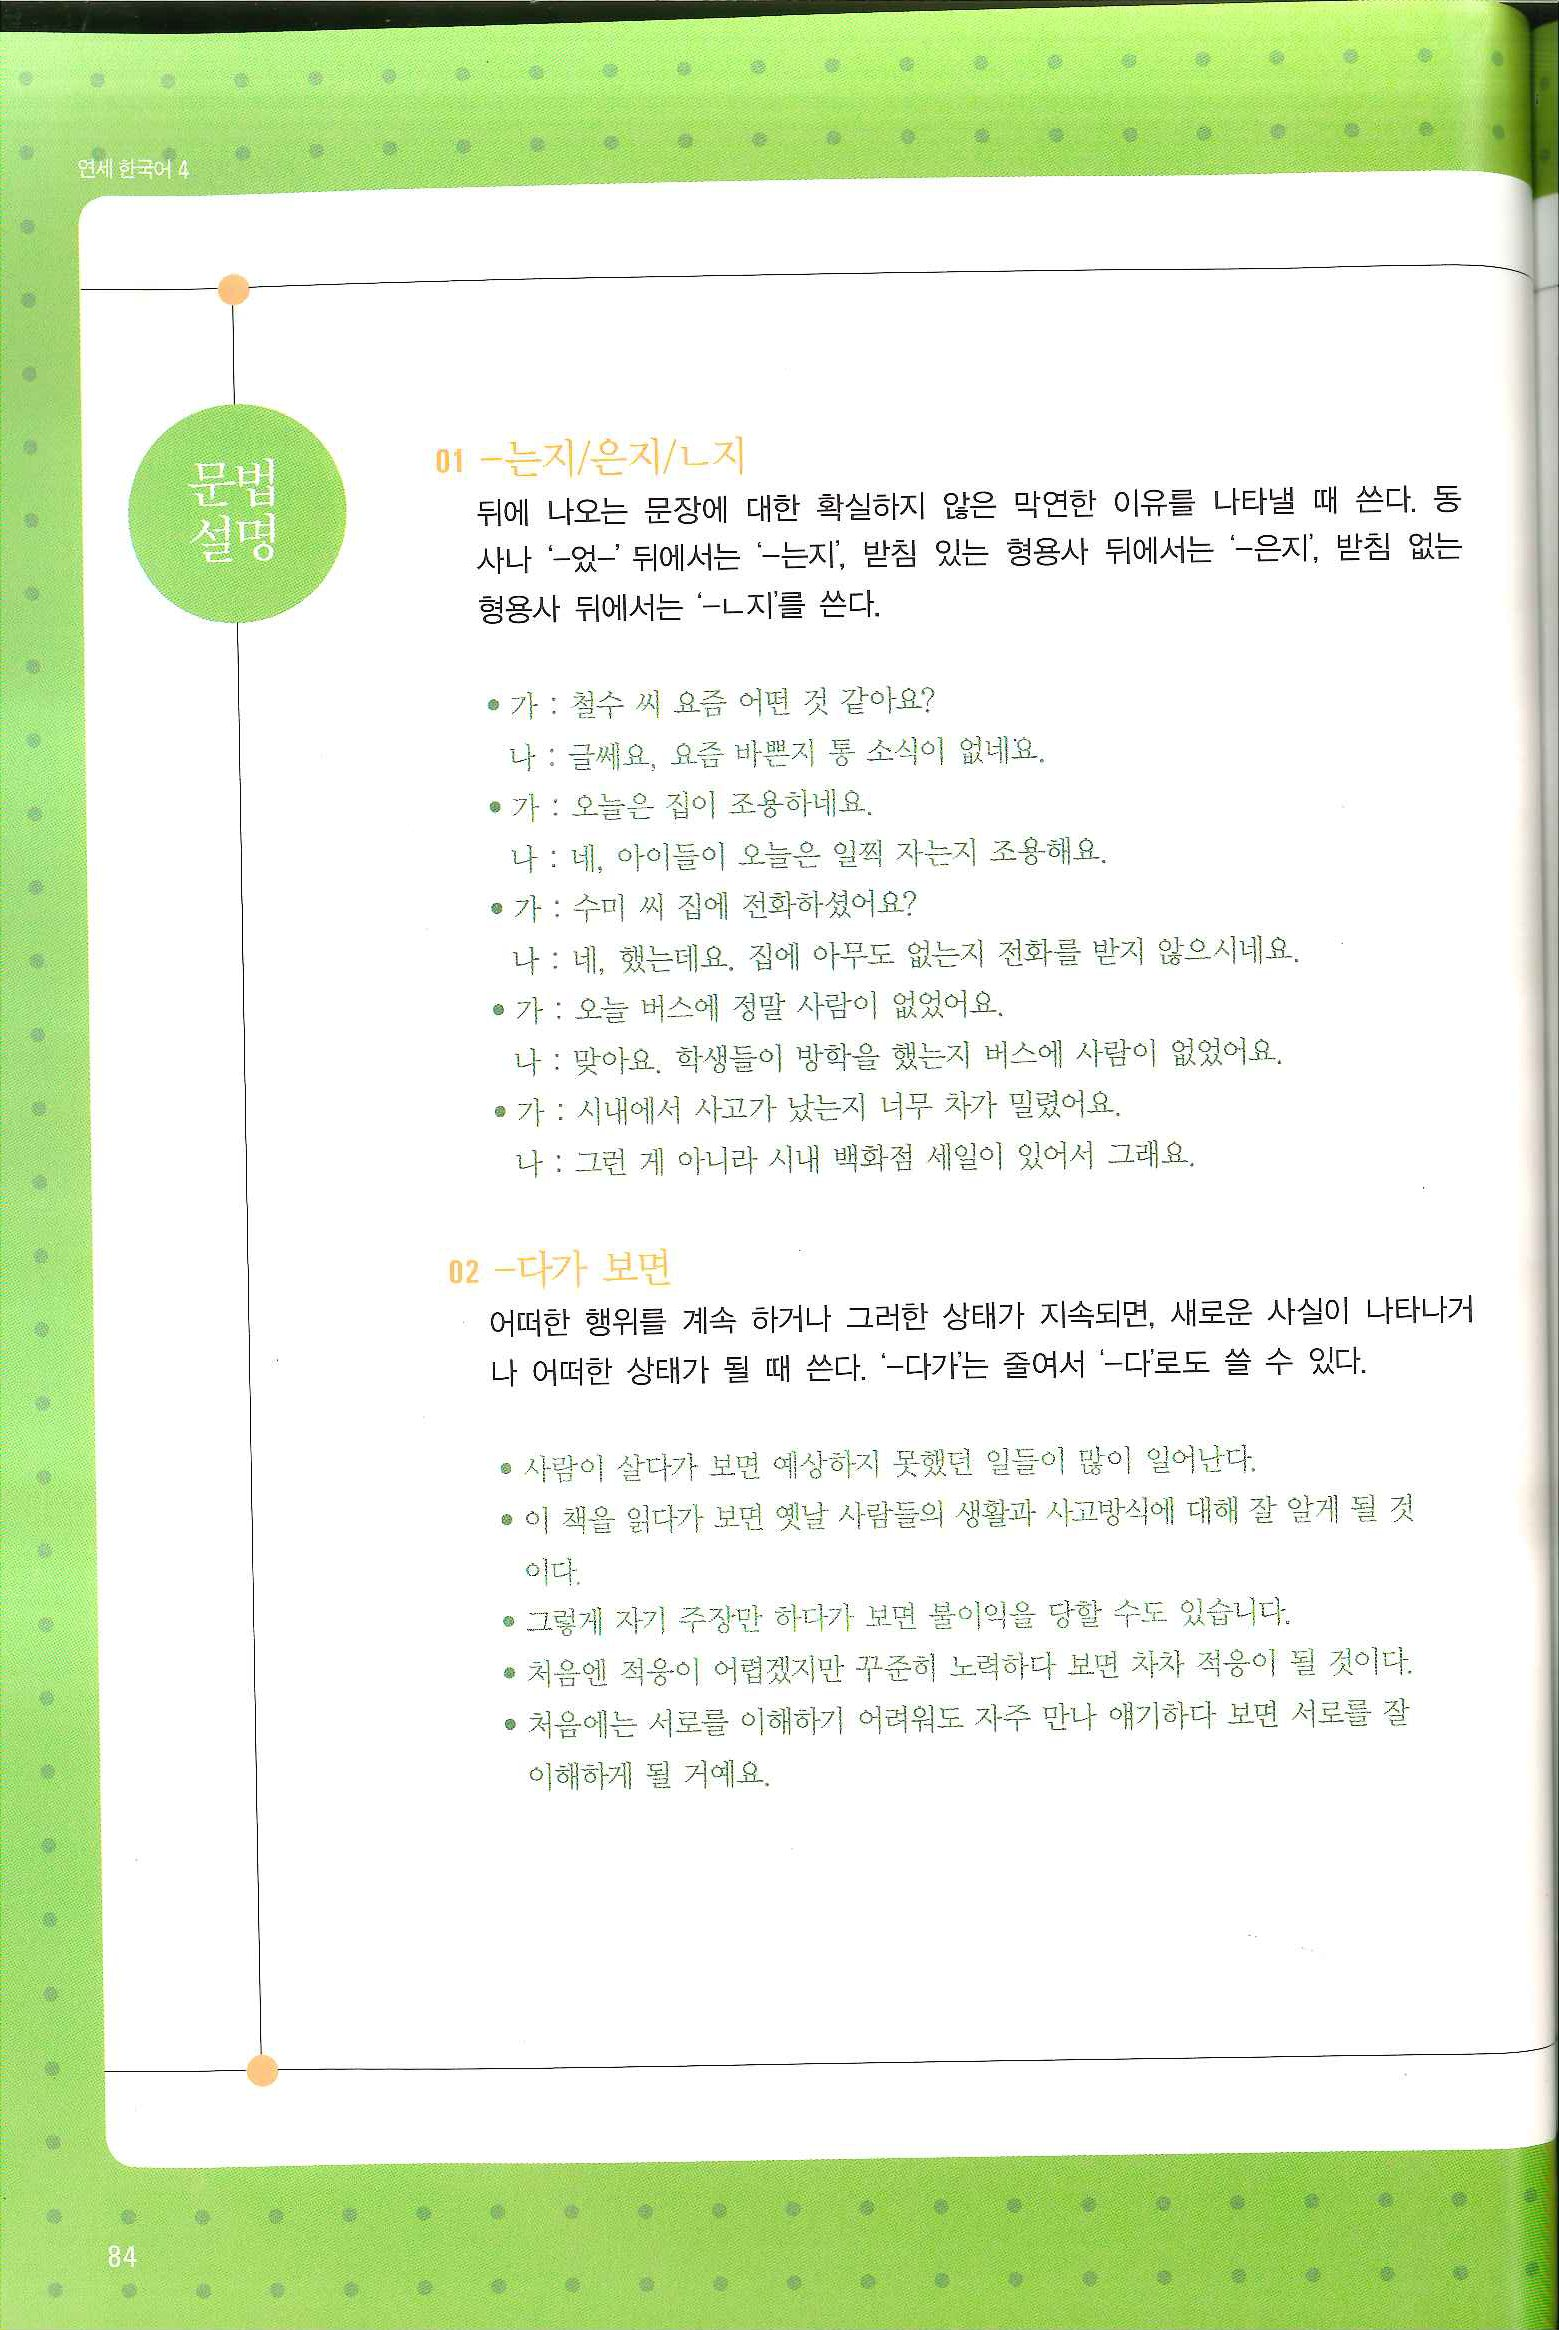
Language: ko